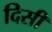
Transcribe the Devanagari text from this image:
दिसी